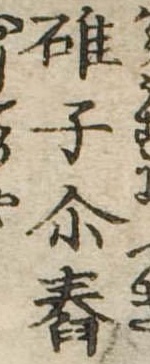
碓子爾舂